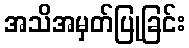
အသိအမှတ်ပြုခြင်း